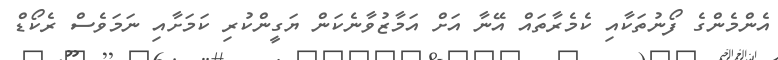
އެންމެންގެ ފޯނުތަކާއި ކެމެރާތައް އޭނާ އަށް އަމާޒުވާނެކަން ޔަގީންކުރި ކަމަށާއި ނަމަވެސް ރެކޯޑް